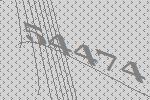
54474